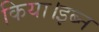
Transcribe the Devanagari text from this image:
किया।इब्न